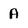
Character: A